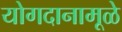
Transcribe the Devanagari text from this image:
योगदानामूळे